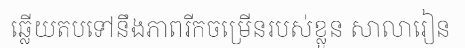
ឆ្លើយតបទៅនឹងភាពរីកចម្រើនរបស់ខ្លួន សាលារៀន